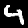
Digit: 4